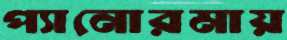
প্যানোরমায়